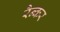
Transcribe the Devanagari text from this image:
रैन्कर